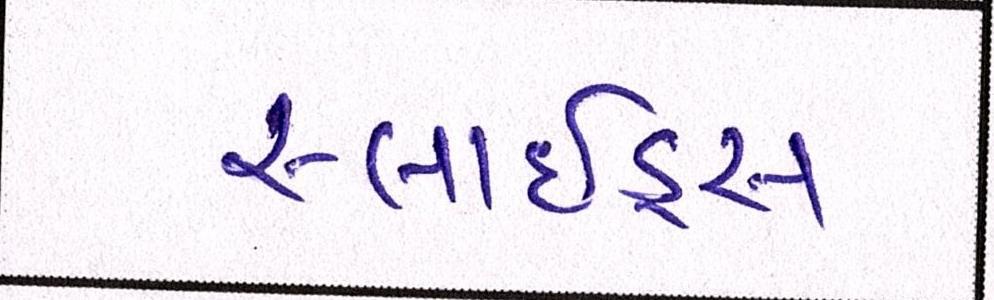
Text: સ્લાઇડ્સ